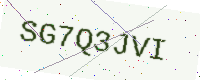
Text: SG7Q3JVI